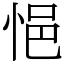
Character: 悒